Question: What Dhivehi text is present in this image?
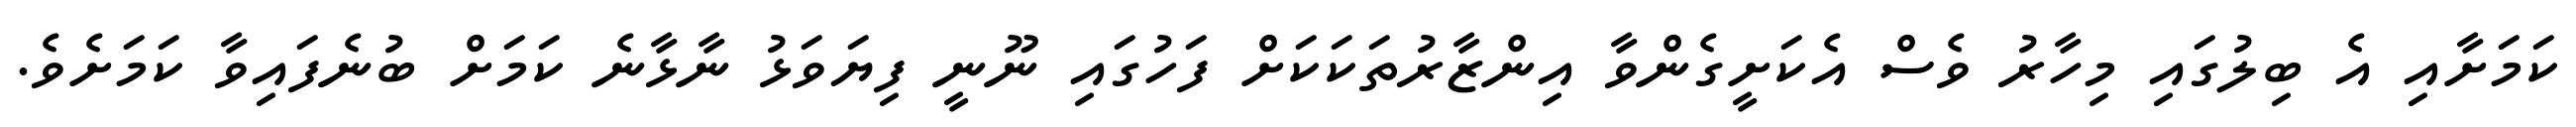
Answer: ކަމަށާއި އެ ބިލުގައި މިހާރު ވެސް އެކަށީގެންވާ އިންޒާރުތަކަކަށް ފަހުގައި ނޫނީ ފިޔަވަޅު ނާޅާނެ ކަމަށް ބުނެފައިވާ ކަމަށެވެ.